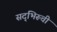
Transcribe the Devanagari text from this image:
सद्‌भिरूची